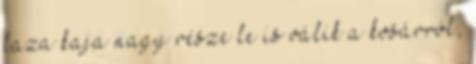
laza kaja nagy része le is válik a kosárról,